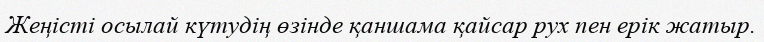
Жеңісті осылай күтудің өзінде қаншама қайсар рух пен ерік жатыр.